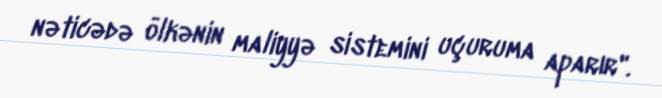
nəticədə ölkənin maliyyə sistemini uçuruma aparır".